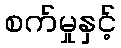
စက်မှုနှင့်